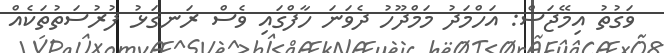
ވަގުތު އިމޭޖަސް: އަހްމަދު މަމްދޫހު ދެވަނަ ހާފްގައި ވެސް ރަނގަޅު ފުރުސަތުތަކެއް